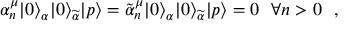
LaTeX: \alpha _ { n } ^ { \mu } | 0 \rangle _ { \alpha } | 0 \rangle _ { \widetilde \alpha } | p \rangle = \tilde { \alpha } _ { n } ^ { \mu } | 0 \rangle _ { \alpha } | 0 \rangle _ { \widetilde \alpha } | p \rangle = 0 ~ ~ \forall n > 0 ~ ~ , ~ ~